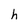
Character: h